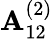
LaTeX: {\mathbf{A}}_{12}^{(2)}